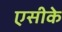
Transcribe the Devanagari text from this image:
एसीके